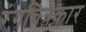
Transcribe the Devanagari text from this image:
रंगचित्रकार